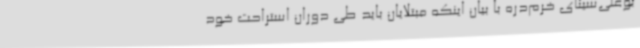
بوعلی‌سینای خرم‌دره با بیان اینکه مبتلایان باید طی دوران استراحت خود